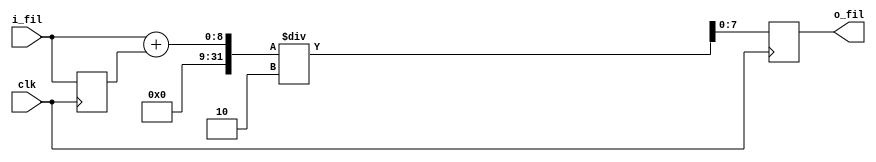
module filter(o_fil,i_fil,clk);
  input wire clk;
  input wire [7:0]i_fil;
  output reg [7:0]o_fil;
  reg[7:0] xn;
  reg[7:0] xn1;
  initial begin
    xn = 8'b0;
  end
  always @(negedge clk) begin
    xn1=xn;
    xn=i_fil;
    o_fil=(xn+xn1)/2;
  end
endmodule